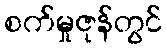
စက်မှုဇုန်တွင်